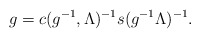
\begin{align*}g=c(g^{-1},\Lambda)^{-1}s(g^{-1}\Lambda)^{-1}.\end{align*}